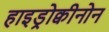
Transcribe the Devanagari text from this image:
हाइड्रोक्वीनोन